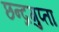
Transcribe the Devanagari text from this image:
छन्द्रगुप्ता